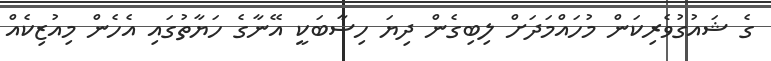
ގެ ޝައުގުވެރިކަން މުހައްމަދަށް ލިބިގެން ދިޔަ ހިސާބަކީ އޭނާގެ ހަޔާތުގައި އެހެން މިއުޒިކެއް